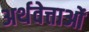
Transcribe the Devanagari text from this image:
अर्थवेत्ताओं